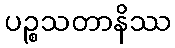
ပဉ္စသတာနိဿ